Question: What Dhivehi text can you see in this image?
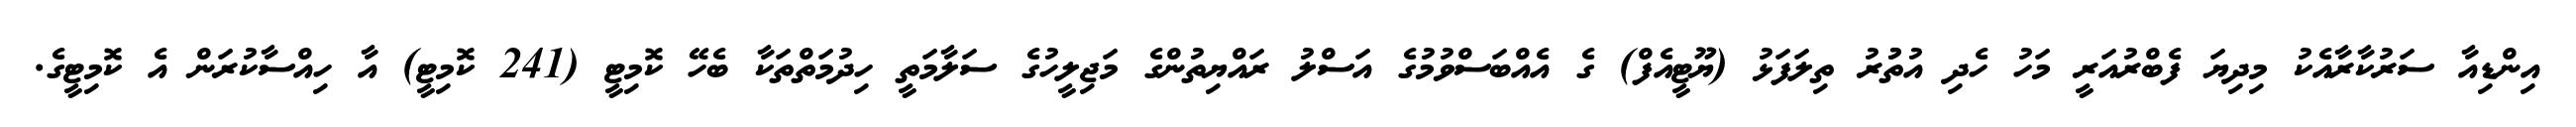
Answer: އިންޑިއާ ސަރުކާރާއެކު މިދިޔަ ފެބްރުއަރީ މަހު ހެދި އުތުުރު ތިލަފަޅު (ޔޫޓީއެފް) ގެ އެއްބަސްވުމުގެ އަސްލު ރައްޔިތުންގެ މަޖިލީހުގެ ސަލާމަތީ ހިދުމަތްތަކާ ބެހޭ ކޮމިޓީ (241 ކޮމިޓީ) އާ ހިއްސާކުރަން އެ ކޮމިޓީގެ.